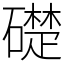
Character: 礎